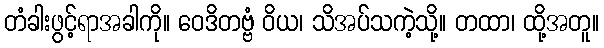
တံခါးဖွင့်ရာအခါကို။ ဝေဒိတဗ္ဗံ ဝိယ၊ သိအပ်သကဲ့သို့။ တထာ၊ ထို့အတူ။